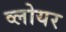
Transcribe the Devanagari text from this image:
व्लोयर